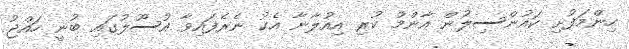
ހިންމަފުށި ކައުންސިލުން އާންމު ކުރި އިއުލާނާ އެކު ނެރެފައިވާ އުސޫލުގައި ބުނީ ހައްޖު